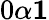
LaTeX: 0\le\alpha\le 1